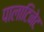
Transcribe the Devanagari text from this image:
पालाटिनेट